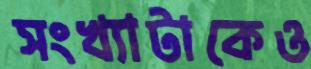
সংখ্যাটাকেও